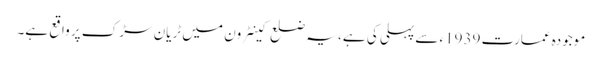
موجودہ عمارت 1939ء سے پہلی کی ہے، یہ ضلع کینٹرون میں ٹریان سڑک پر واقع ہے۔